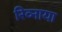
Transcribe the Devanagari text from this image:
रिव्नाया